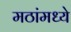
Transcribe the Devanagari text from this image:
मठांमध्ये